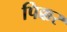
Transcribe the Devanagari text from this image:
पिक्कर